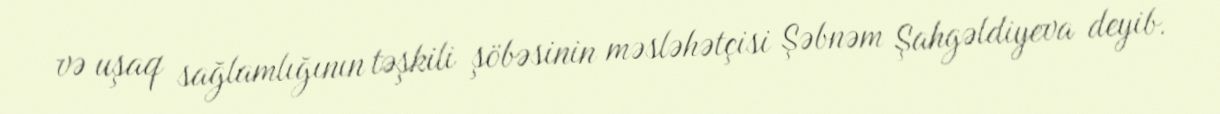
və uşaq sağlamlığının təşkili şöbəsinin məsləhətçisi Şəbnəm Şahgəldiyeva deyib.